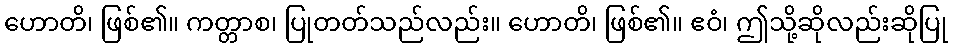
ဟောတိ၊ ဖြစ်၏။ ကတ္တာစ၊ ပြုတတ်သည်လည်း။ ဟောတိ၊ ဖြစ်၏။ ဧဝံ၊ ဤသို့ဆိုလည်းဆိုပြု